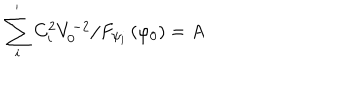
LaTeX: \sum _ { i } ^ { ^ { \prime } } C _ { i } ^ { 2 } V _ { 0 } ^ { - 2 } / F _ { \psi _ { i } } \left( \varphi _ { 0 } \right) = A